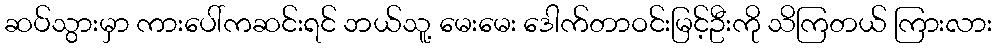
ဆပ်သွားမှာ ကားပေါ်ကဆင်းရင် ဘယ်သူ့ မေးမေး ဒေါက်တာဝင်းမြင့်ဦးကို သိကြတယ် ကြားလား